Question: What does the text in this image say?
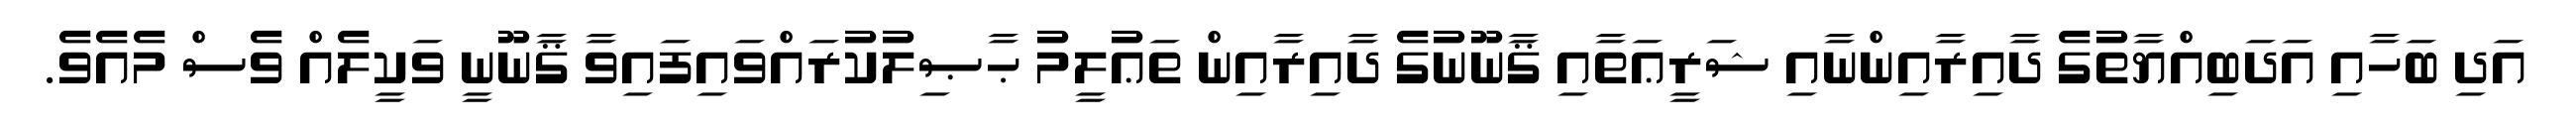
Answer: އަދި ބަހާއި އަދަބިއްޔާތުގެ ދާއިރާއިންނާއި ޝަރީޢަތާއި ޤާނޫނުގެ ދާއިރާއިން ތަޢުލީމު ޙާޞިލުކުރައްވައިފައިވާ ޤާނޫނީ ވަކީލެއް ވެސް މެއެވެ.